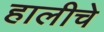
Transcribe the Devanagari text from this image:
हालीचे